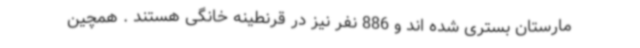
مارستان بستری شده اند و 886 نفر نیز در قرنطینه خانگی هستند . همچین